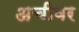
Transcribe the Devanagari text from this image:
अचीवर